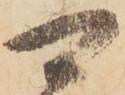
可